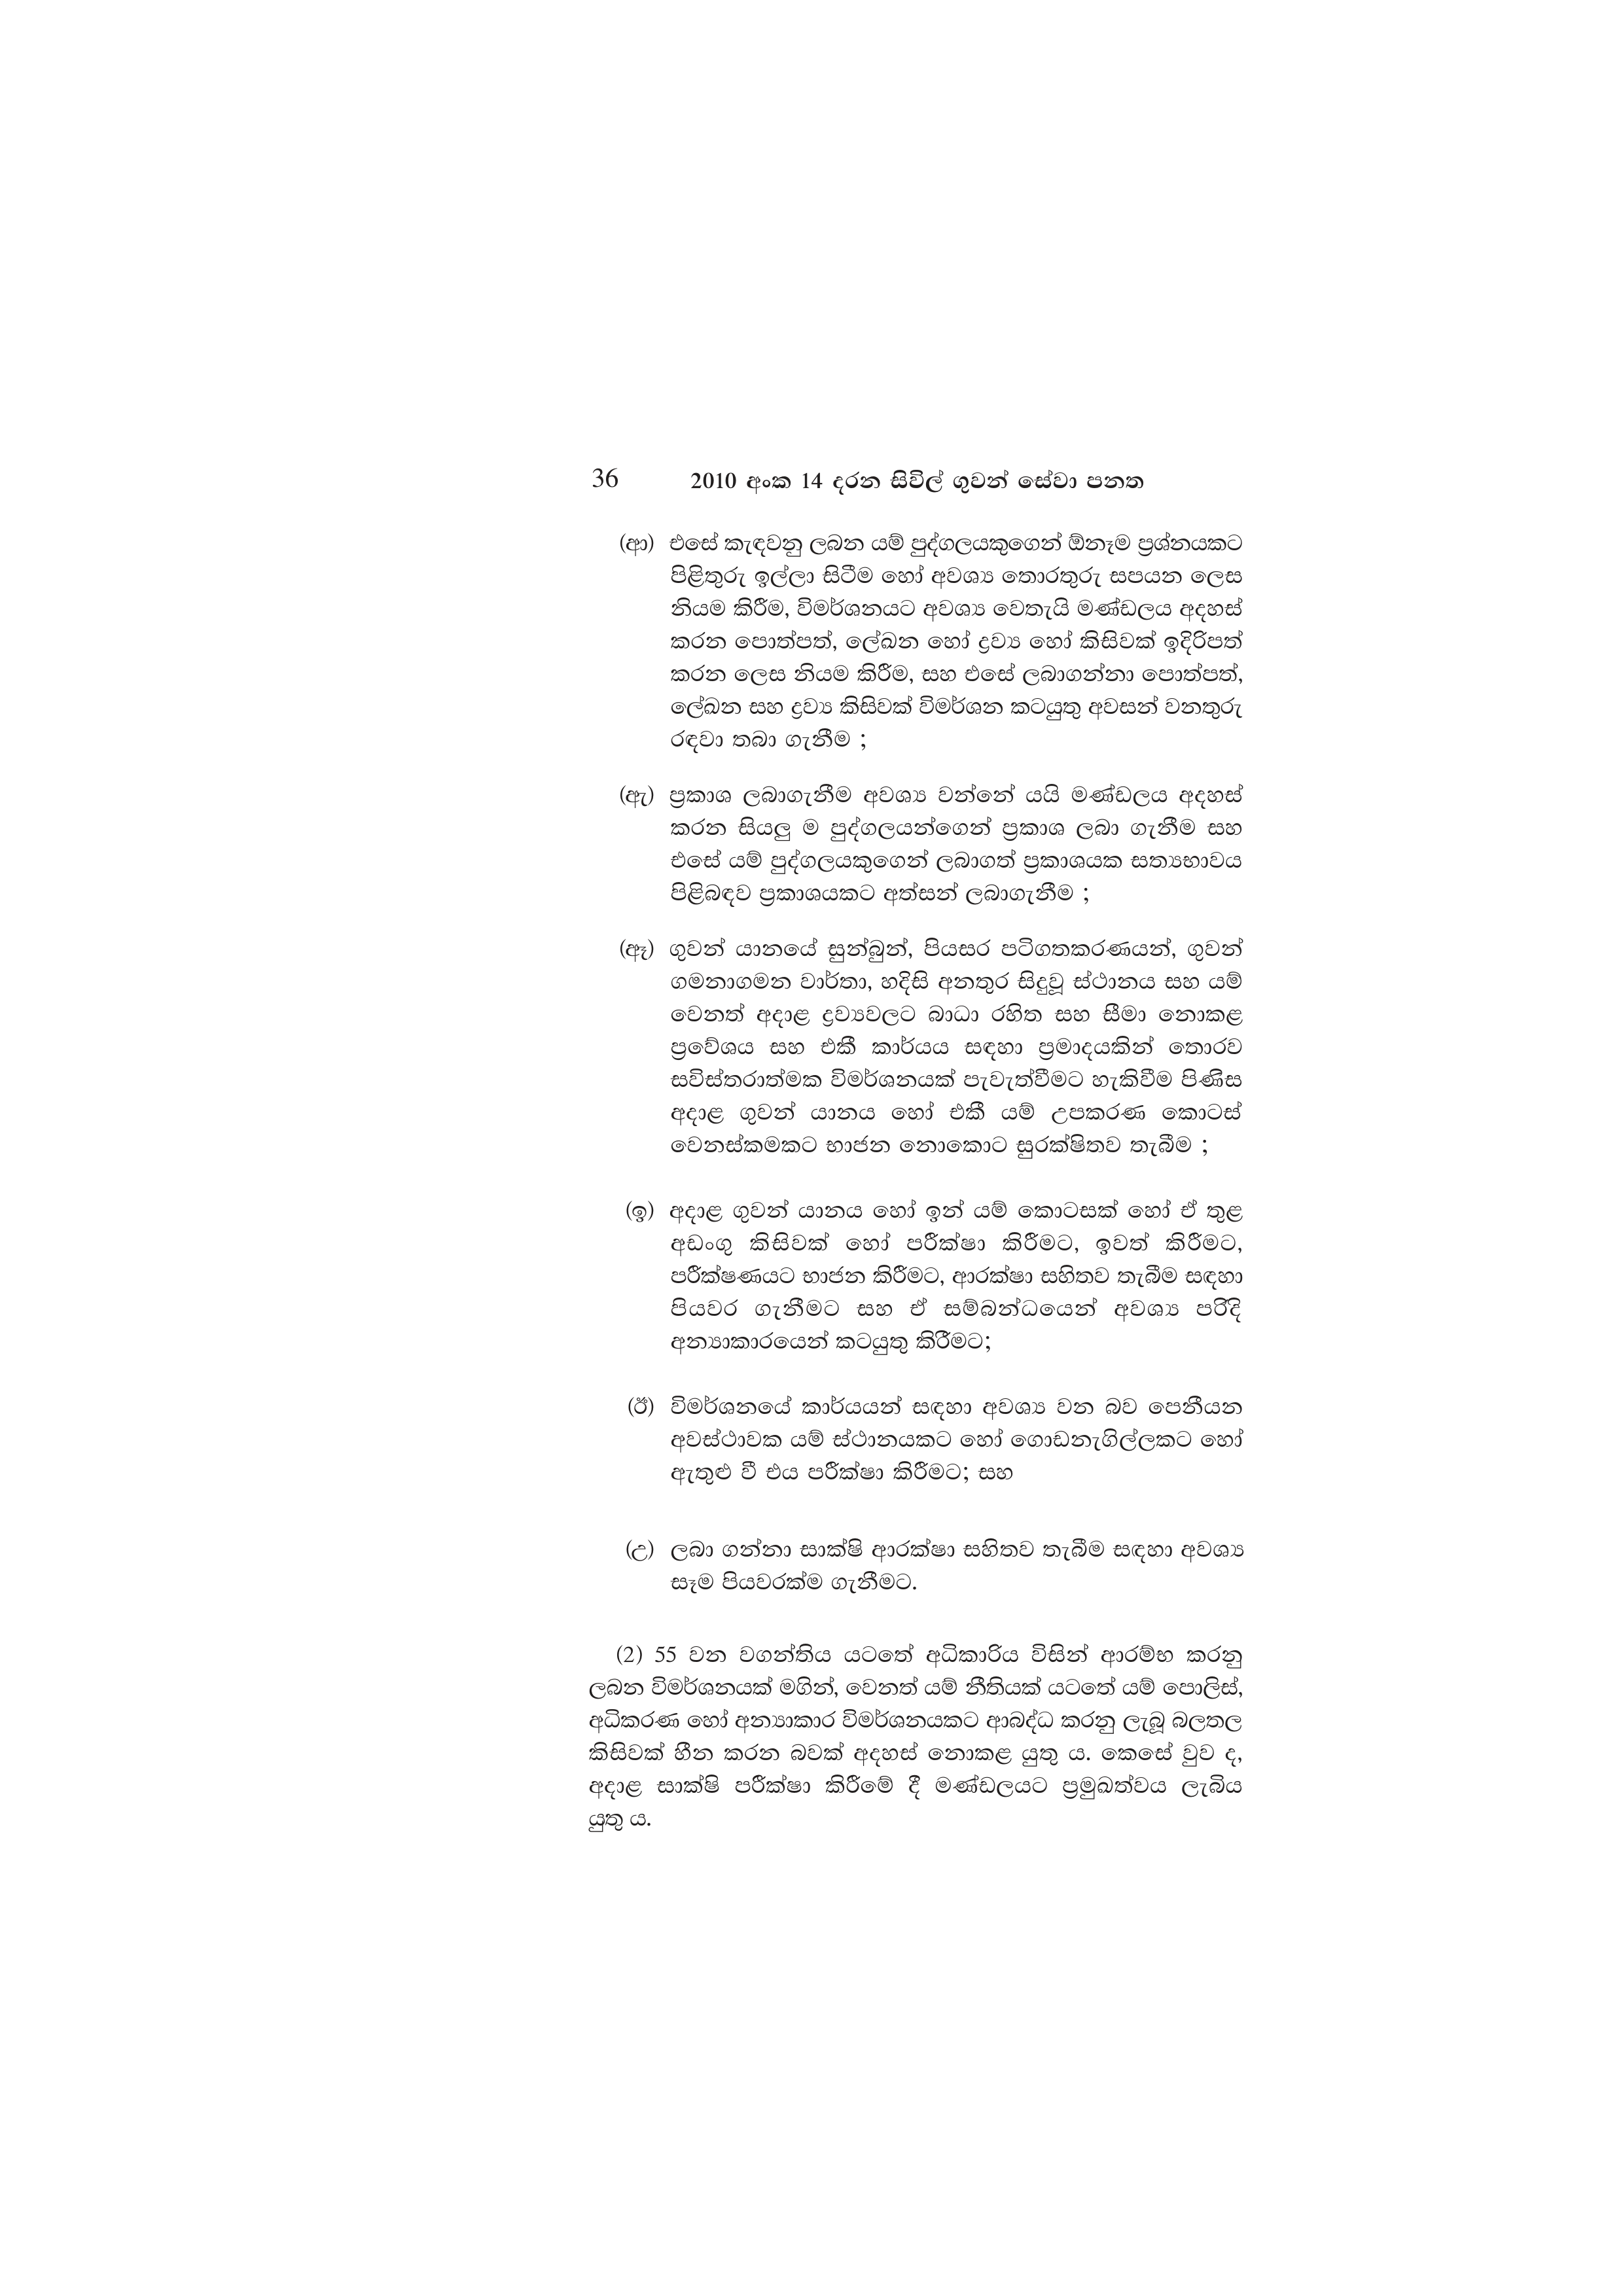
36 2010 අංක 14 දරන සිවිල් ගුවන් සේවා පනත

(ආ) එසේ කැඳවනු ලබන යම් පුද්ගලයකුගෙන් ඕනෑම ප්‍රශ්නයකට
පිළිතුරු ඉල්ලා සිටීම හෝ අවශ්‍ය තොරතුරු සපයන ලෙස
නියම කිරීම, විමර්ශනයට අවශ්‍ය වෙතැයි මණ්ඩලය අදහස්
කරන පොත්පත්, ලේඛන හෝ ද්‍රව්‍ය හෝ කිසිවක් ඉදිරිපත්
කරන ලෙස නියම කිරීම, සහ එසේ ලබාගන්නා පොත්පත්,
ලේඛන සහ ද්‍රව්‍ය කිසිවක් විමර්ශන කටයුතු අවසන් වනතුරු
රඳවා තබා ගැනීම ;

(ඇ) ප්‍රකාශ ලබාගැනීම අවශ්‍ය වන්නේ යයි මණ්ඩලය අදහස්
කරන සියලු ම පුද්ගලයන්ගෙන් ප්‍රකාශ ලබා ගැනීම සහ
එසේ යම් පුද්ගලයකුගෙන් ලබාගත් ප්‍රකාශයක සත්‍යභාවය
පිළිබඳව ප්‍රකාශයකට අත්සන් ලබාගැනීම ;

(ඈ) ගුවන් යානයේ සුන්බුන්, පියසර පටිගතකරණයන්, ගුවන්
ගමනාගමන වාර්තා, හදිසි අනතුර සිදුවූ ස්ථානය සහ යම්
වෙනත් අදාළ ද්‍රව්‍යවලට බාධා රහිත සහ සීමා නොකළ
ප්‍රවේශය සහ එකී කාර්යය සඳහා ප්‍රමාදයකින් තොරව
සවිස්තරාත්මක විමර්ශනයක් පැවැත්වීමට හැකිවීම පිණිස
අදාළ ගුවන් යානය හෝ එකී යම් උපකරණ කොටස්
වෙනස්කමකට භාජන නොකොට සුරක්ෂිතව තැබීම ;

(ඉ) අදාළ ගුවන් යානය හෝ ඉන් යම් කොටසක් හෝ ඒ තුළ
අඩංගු කිසිවක් හෝ පරීක්ෂා කිරීමට, ඉවත් කිරීමට,
පරීක්ෂණයට භාජන කිරීමට, ආරක්ෂා සහිතව තැබීම සඳහා
පියවර ගැනීමට සහ ඒ සම්බන්ධයෙන් අවශ්‍ය පරිදි
අන්‍යාකාරයෙන් කටයුතු කිරීමට;

(ඊ) විමර්ශනයේ කාර්යයන් සඳහා අවශ්‍ය වන බව පෙනීයන
අවස්ථාවක යම් ස්ථානයකට හෝ ගොඩනැගිල්ලකට හෝ
ඇතුළු වී එය පරීක්ෂා කිරීමට; සහ

(උ) ලබා ගන්නා සාක්ෂි ආරක්ෂා සහිතව තැබීම සඳහා අවශ්‍ය
සෑම පියවරක්ම ගැනීමට.

(2) 55 වන වගන්තිය යටතේ අධිකාරිය විසින් ආරම්භ කරනු
ලබන විමර්ශනයක් මගින්, වෙනත් යම් නීතියක් යටතේ යම් පොලිස්,
අධිකරණ හෝ අන්‍යාකාර විමර්ශනයකට ආබද්ධ කරනු ලැබූ බලතල
කිසිවක් හීන කරන බවක් අදහස් නොකළ යුතු ය. කෙසේ වුව ද,
අදාළ සාක්ෂි පරීක්ෂා කිරීමේ දී මණ්ඩලයට ප්‍රමුඛත්වය ලැබිය
යුතු ය.